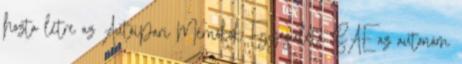
hozta létre az Autóipari Mérnökök Egyesülete SAE az autonóm